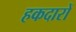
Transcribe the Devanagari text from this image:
हकदारों